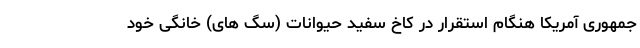
جمهوری آمریکا هنگام استقرار در کاخ سفید حیوانات (سگ های) خانگی خود